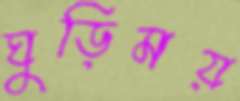
ঘুড়িময়